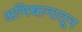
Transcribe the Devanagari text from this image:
अभिधानातून